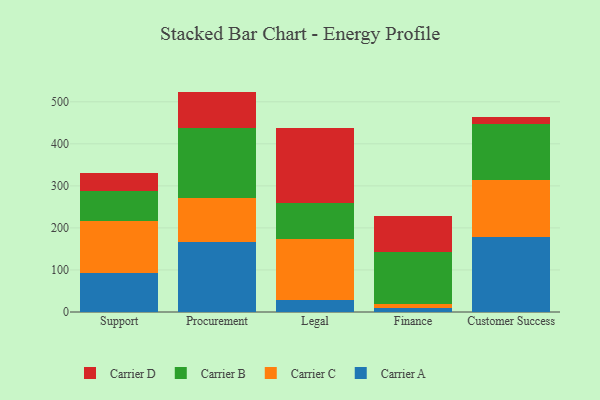
{"axis": {"x": "Department", "y": "Bounce Rate (%)"}, "legend": ["Carrier A", "Carrier B", "Carrier C", "Carrier D"], "data": [{"x": "Support", "y": 93.8, "type": "Carrier A"}, {"x": "Support", "y": 123.2, "type": "Carrier C"}, {"x": "Support", "y": 71.0, "type": "Carrier B"}, {"x": "Support", "y": 42.7, "type": "Carrier D"}, {"x": "Procurement", "y": 167.5, "type": "Carrier A"}, {"x": "Procurement", "y": 102.8, "type": "Carrier C"}, {"x": "Procurement", "y": 168.4, "type": "Carrier B"}, {"x": "Procurement", "y": 85.5, "type": "Carrier D"}, {"x": "Legal", "y": 28.3, "type": "Carrier A"}, {"x": "Legal", "y": 144.7, "type": "Carrier C"}, {"x": "Legal", "y": 85.9, "type": "Carrier B"}, {"x": "Legal", "y": 179.3, "type": "Carrier D"}, {"x": "Finance", "y": 10.1, "type": "Carrier A"}, {"x": "Finance", "y": 9.7, "type": "Carrier C"}, {"x": "Finance", "y": 122.6, "type": "Carrier B"}, {"x": "Finance", "y": 85.4, "type": "Carrier D"}, {"x": "Customer Success", "y": 178.2, "type": "Carrier A"}, {"x": "Customer Success", "y": 134.6, "type": "Carrier C"}, {"x": "Customer Success", "y": 134.9, "type": "Carrier B"}, {"x": "Customer Success", "y": 17.0, "type": "Carrier D"}]}